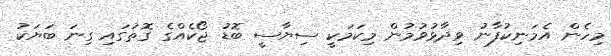
މިހެން އެމަނިކުފާނު ވިދާޅުވުމުން މިކަމަކީ ސިޔާސީ ބޮޑު ޖޯކެއްގެ ގޮތުގައި ގިނަ ބަޔަކު